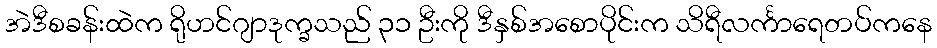
အဲဒီစခန်းထဲက ရိုဟင်ဂျာဒုက္ခသည် ၃၁ ဦးကို ဒီနှစ်အစောပိုင်းက သိရီလင်္ကာရေတပ်ကနေ